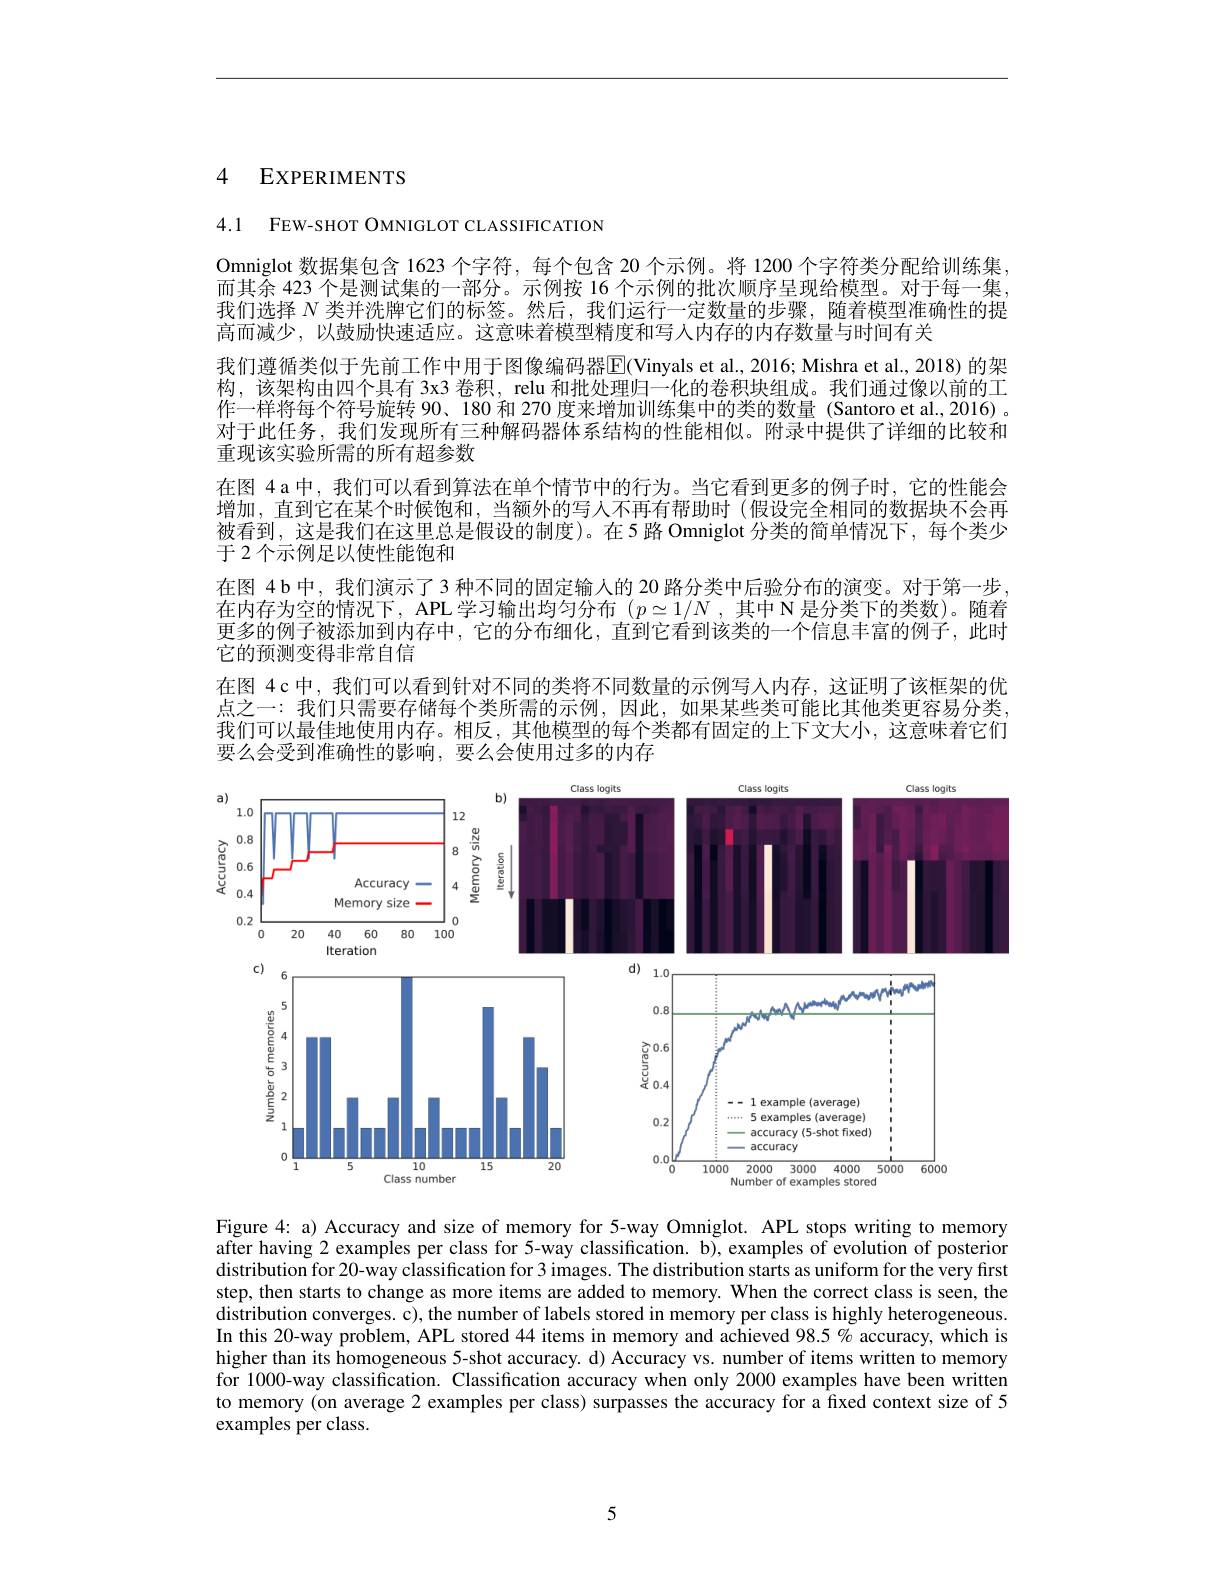
## 4 EXPERIMENTS

4.1 FEW-SHOT OMNIGLOT CLASSIFICATION

Omniglot 数据集包含 1623 个字符，每个包含 20 个示例。将 1200 个字符类分配给训练集而其余 423 个是测试集的一部分。示例按 16 个示例的批次顺序呈现给模型。对于每一集我们选择$N$类并洗牌它们的标签。然后，我们运行一定数量的步骤，随着模型准确性的提高而减少，以鼓励快速适应。这意味着模型精度和写人内存的内存数量与时间有关
我们遵循类似于先前工作中用于图像编码器$\overline{\mathrm{E}}($Vinyals et al., 2016; Mishra et al., 2018) 的架构，该架构由四个具有 3x3 卷积，relu 和批处理归一化的卷积块组成。我们通过像以前的工作一样将每个符号旋转 90、180 和 270 度来增加训练集中的类的数量 (Santoro et al.,2016) 。对于此任务，我们发现所有三种解码器体系结构的性能相似。附录中提供了详细的比较和重现该实验所需的所有超参数
在图 4 a 中，我们可以看到算法在单个情节中的行为。当它看到更多的例子时，它的性能会增加，直到它在某个时候饱和，当额外的写人不再有帮助时(假设完全相同的数据块不会再被看到，这是我们在这里总是假设的制度)。在5 路 Omniglot 分类的简单情况下，每个类少于 2 个示例足以使性能饱和
在图 4 b 中，我们演示了 3 种不同的固定输人的 20 路分类中后验分布的演变。对于第一步在内存为空的情况下，APL 学习输出均匀分布 $( p\simeq 1/ N$ , 其 中 N是分类下的类数)。随着更多的例子被添加到内存中，它的分布细化，直到它看到该类的一个信息丰富的例子，此时它的预测变得非常自信
在图 4c 中，我们可以看到针对不同的类将不同数量的示例写人内存，这证明了该框架的优点之一：我们只需要存储每个类所需的示例，因此，如果某些类可能比其他类更容易分类， 我们可以最佳地使用内存。相反，其他模型的每个类都有固定的上下文大小，这意味着它们要么会受到准确性的影响，要么会使用过多的内存

<FigureHere>

Figure 4: a) Accuracy and size of memory for 5-way Omniglot. APL stops writing to memory after having 2 examples per class for 5-way classification. b), examples of evolution of posterior distribution for 20-way classification for 3 images. The distribution starts as uniform for the very first step, then starts to change as more items are added to memory. When the correct class is seen, the distribution converges. c), the number of labels stored in memory per class is highly heterogeneous. In this 20-way problem, APL stored 44 items in memory and achieved $98.5\%$ accuracy, which is higher than its homogeneous 5-shot accuracy. d) Accuracy vs. number of items written to memory for 1000-way classification. Classification accuracy when only 2000 examples have been written to memory (on average 2 examples per class) surpasses the accuracy for a fixed context size of 5 examples per class.

5